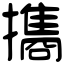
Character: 㩦